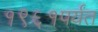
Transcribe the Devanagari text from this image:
१९६१पर्यंत